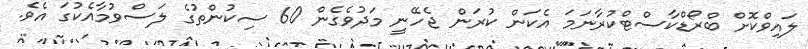
ލައިވްކޮށް ބްރޯޑްކާސްޓްކުރާނަމަ އެކަން ކުރަން ޖެހޭނީ މަދުވެގެން 60 ސިކުންތުގެ ލަސްވުމާއެކުގަ އެވެ.